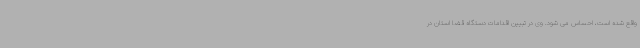
واقع شده است، احساس می شود. وی در تبیین اقدامات دستگاه قضا استان در